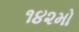
૧૪૨મો